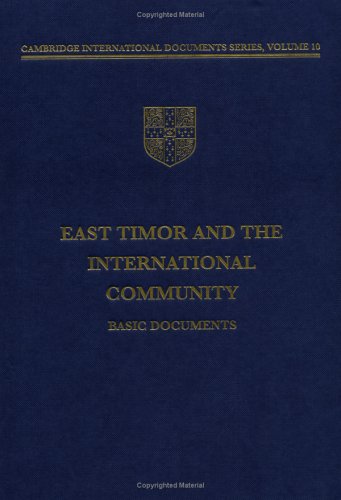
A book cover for East Timor and the International Community: Basic Documents (Cambridge International Documents Series); Law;